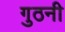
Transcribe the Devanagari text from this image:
गुठनी